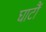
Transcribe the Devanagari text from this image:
घाटौं